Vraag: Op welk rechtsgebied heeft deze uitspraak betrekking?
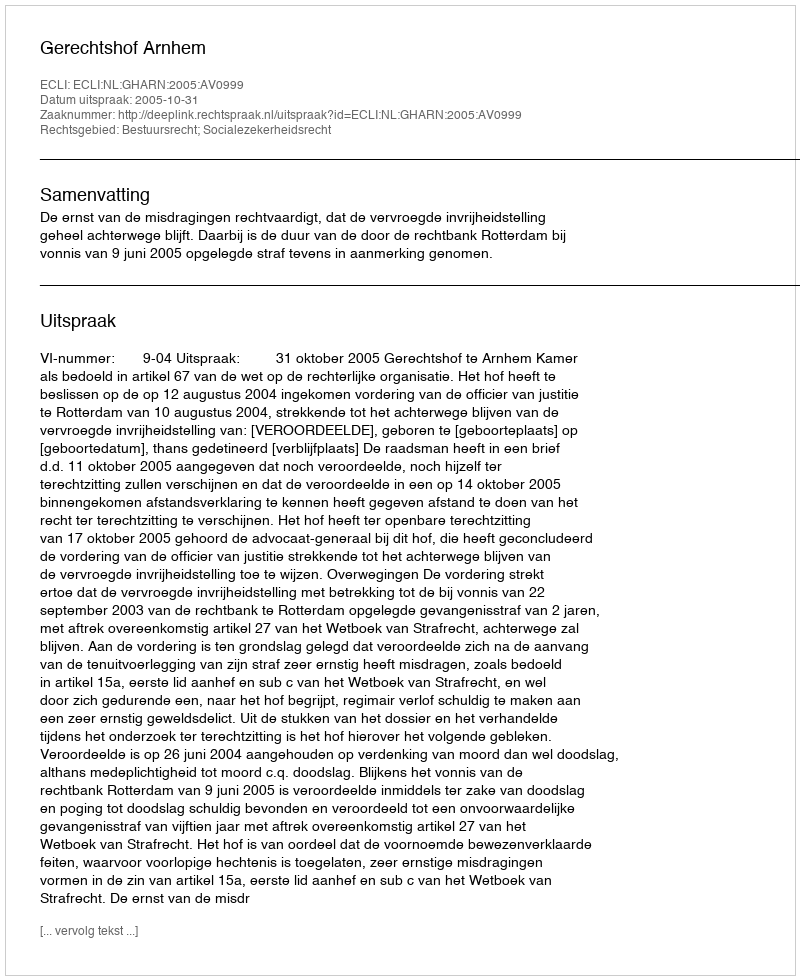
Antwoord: Bestuursrecht; Socialezekerheidsrecht